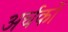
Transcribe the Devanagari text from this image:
अर्चकों